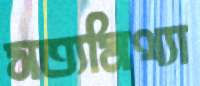
সত্যমিথ্যা